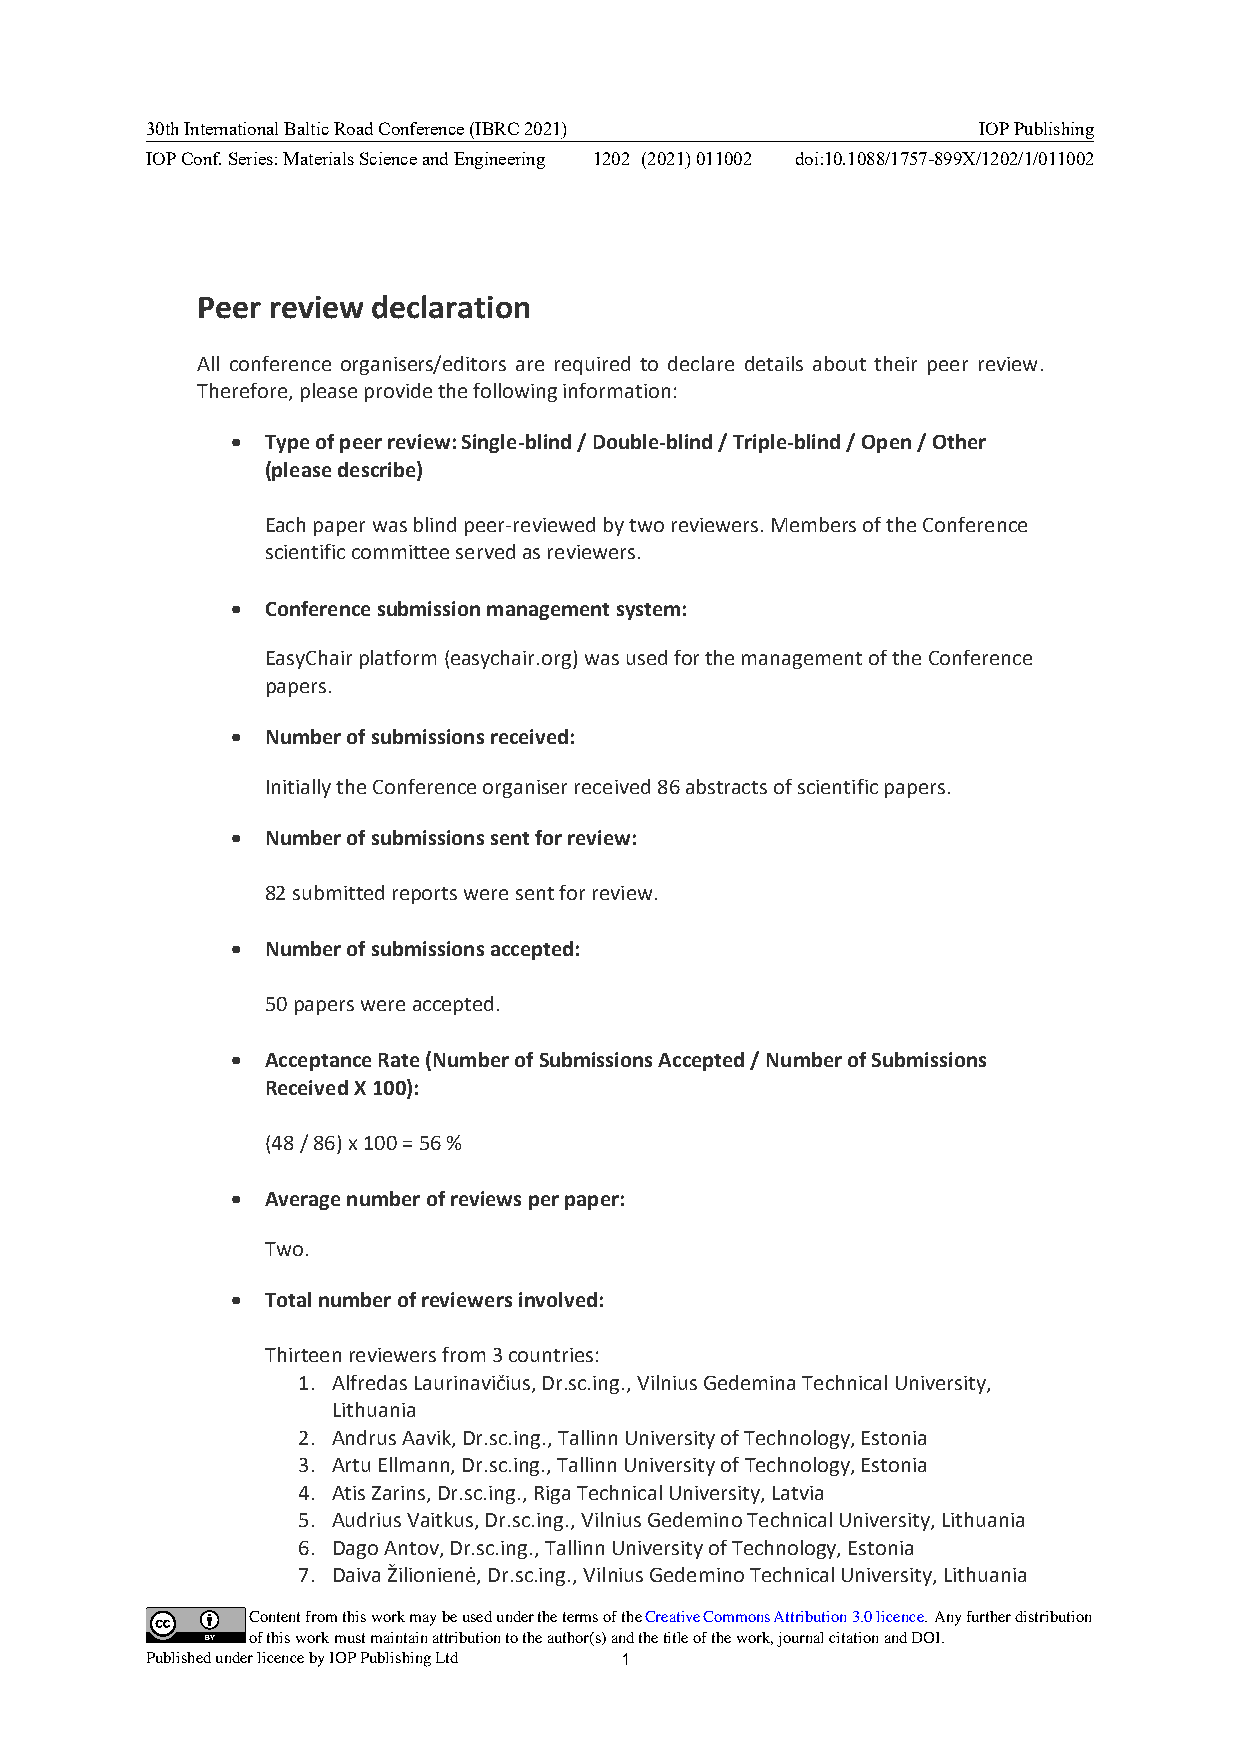
30th International Baltic Road Conference (IBRC 2021)  IOP Publishing
 IOP Conf. Series: Materials Science and Engineering 1202 (2021) 011002 doi:10.1088/1757-899X/1202/1/011002
 Peer review declaration
 All conference organisers/editors are required to declare details about their peer review.
 Therefore, please provide the following information:
 •  Type of peer review: Single-blind / Double-blind / Triple-blind / Open / Other
 (please describe)
 Each paper was blind peer-reviewed by two reviewers. Members of the Conference
 scientific committee served as reviewers.
 •  Conference submission management system:
 EasyChair platform (easychair.org) was used for the management of the Conference
 papers.
 •  Number of submissions received:
 Initially the Conference organiser received 86 abstracts of scientific papers.
 •  Number of submissions sent for review:
 82 submitted reports were sent for review.
 •  Number of submissions accepted:
 50 papers were accepted.
 •  Acceptance Rate (Number of Submissions Accepted / Number of Submissions
 Received X 100):
 (48 / 86) x 100 = 56 %
 •  Average number of reviews per paper:
 Two.
 •  Total number of reviewers involved:
 Thirteen reviewers from 3 countries:
 1. Alfredas Laurinavičius, Dr.sc.ing., Vilnius Gedemina Technical University,
 Lithuania
 2. Andrus Aavik, Dr.sc.ing., Tallinn University of Technology, Estonia
 3. Artu Ellmann, Dr.sc.ing., Tallinn University of Technology, Estonia
 4. Atis Zarins, Dr.sc.ing., Riga Technical University, Latvia
 5. Audrius Vaitkus, Dr.sc.ing., Vilnius Gedemino Technical University, Lithuania
 6. Dago Antov, Dr.sc.ing., Tallinn University of Technology, Estonia
 7. Daiva Žilionienė, Dr.sc.ing., Vilnius Gedemino Technical University, Lithuania
 ContentfromthisworkmaybeusedunderthetermsoftheCreativeCommonsAttribution3.0licence.Anyfurtherdistribution
 ofthisworkmustmaintainattributiontotheauthor(s)andthetitleofthework,journalcitationandDOI.
 PublishedunderlicencebyIOPPublishingLtd 1